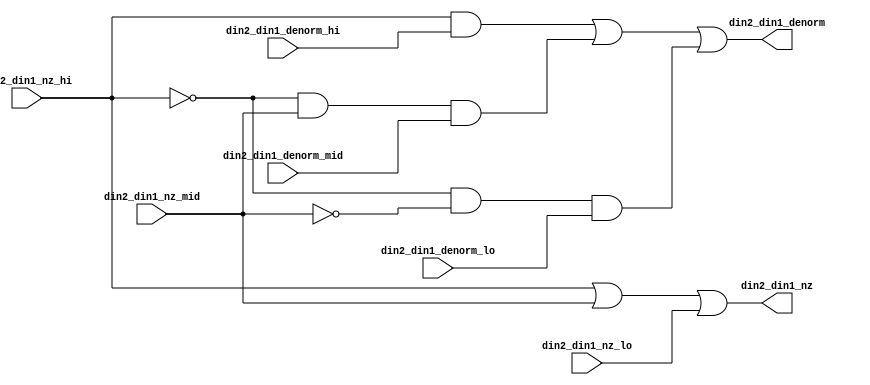
// Modified by Princeton University on June 9th, 2015
// ========== Copyright Header Begin ==========================================
// 
// OpenSPARC T1 Processor File: fpu_denorm_3to1.v
// Copyright (c) 2006 Sun Microsystems, Inc.  All Rights Reserved.
// DO NOT ALTER OR REMOVE COPYRIGHT NOTICES.
// 
// The above named program is free software; you can redistribute it and/or
// modify it under the terms of the GNU General Public
// License version 2 as published by the Free Software Foundation.
// 
// The above named program is distributed in the hope that it will be 
// useful, but WITHOUT ANY WARRANTY; without even the implied warranty of
// MERCHANTABILITY or FITNESS FOR A PARTICULAR PURPOSE.  See the GNU
// General Public License for more details.
// 
// You should have received a copy of the GNU General Public
// License along with this work; if not, write to the Free Software
// Foundation, Inc., 51 Franklin St, Fifth Floor, Boston, MA 02110-1301, USA.
// 
// ========== Copyright Header End ============================================
///////////////////////////////////////////////////////////////////////////////
//
//      Reduce three fpu_denorm_3b results to one set of results.
//
///////////////////////////////////////////////////////////////////////////////

module fpu_denorm_3to1 (
	din2_din1_nz_hi,
	din2_din1_denorm_hi,
	din2_din1_nz_mid,
	din2_din1_denorm_mid,
	din2_din1_nz_lo,
	din2_din1_denorm_lo,

	din2_din1_nz,
	din2_din1_denorm
);


input		din2_din1_nz_hi;	// input 1 and input 2 != 0- high 3 bits
input		din2_din1_denorm_hi;	// input 1 == denorm- high 3 bits
input		din2_din1_nz_mid;	// input 1 and input 2 != 0- mid 3 bits
input		din2_din1_denorm_mid;	// input 1 == denorm- mid 3 bits
input		din2_din1_nz_lo;	// input 1 and input 2 != 0- low 3 bits
input		din2_din1_denorm_lo;	// input 1 == denorm- low 3 bits

output		din2_din1_nz;		// input 1 and input 2 != 0
output		din2_din1_denorm;	// input 1 == denorm


wire		din2_din1_nz;
wire		din2_din1_denorm;


assign din2_din1_nz= din2_din1_nz_hi || din2_din1_nz_mid
		|| din2_din1_nz_lo;

assign din2_din1_denorm= (din2_din1_nz_hi && din2_din1_denorm_hi)
		|| ((!din2_din1_nz_hi) && din2_din1_nz_mid
			&& din2_din1_denorm_mid)
		|| ((!din2_din1_nz_hi) && (!din2_din1_nz_mid)
			&& din2_din1_denorm_lo);


endmodule